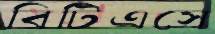
বিটিএসে